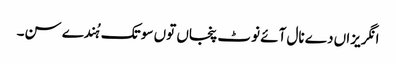
انگریزاں دے نال آئے نوٹ پنجاں توں سو تک ہُندے سن۔